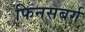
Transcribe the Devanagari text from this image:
फिनसबर्ग